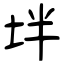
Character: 坢